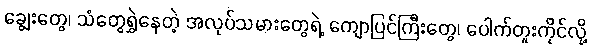
ချွေးတွေ၊ သံတွေရွှဲနေတဲ့ အလုပ်သမားတွေရဲ့ ကျောပြင်ကြီးတွေ၊ ပေါက်တူးကိုင်လို့